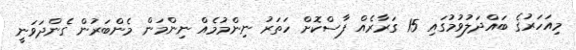
މިއަހަރުގެ ބައްދަލުވުމުގައި 15 ގަރާރެއް ފާސްކޮށް ހަތަރު ނިންމުމެއް ނިންމަން މެންބަރުން ގެންދަވަނީ